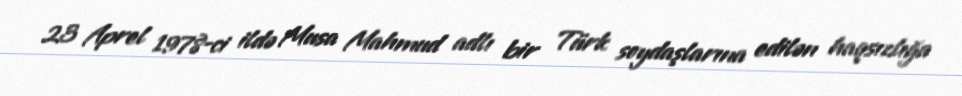
23 Aprel 1978-ci ildə Musa Mahmud adlı bir Türk soydaşlarına edilən haqsızlığa